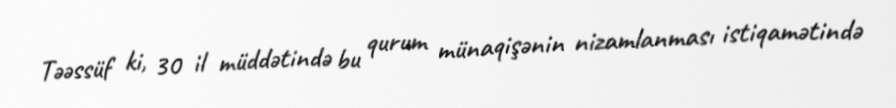
Təəssüf ki, 30 il müddətində bu qurum münaqişənin nizamlanması istiqamətində